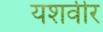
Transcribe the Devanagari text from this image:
यशवीर